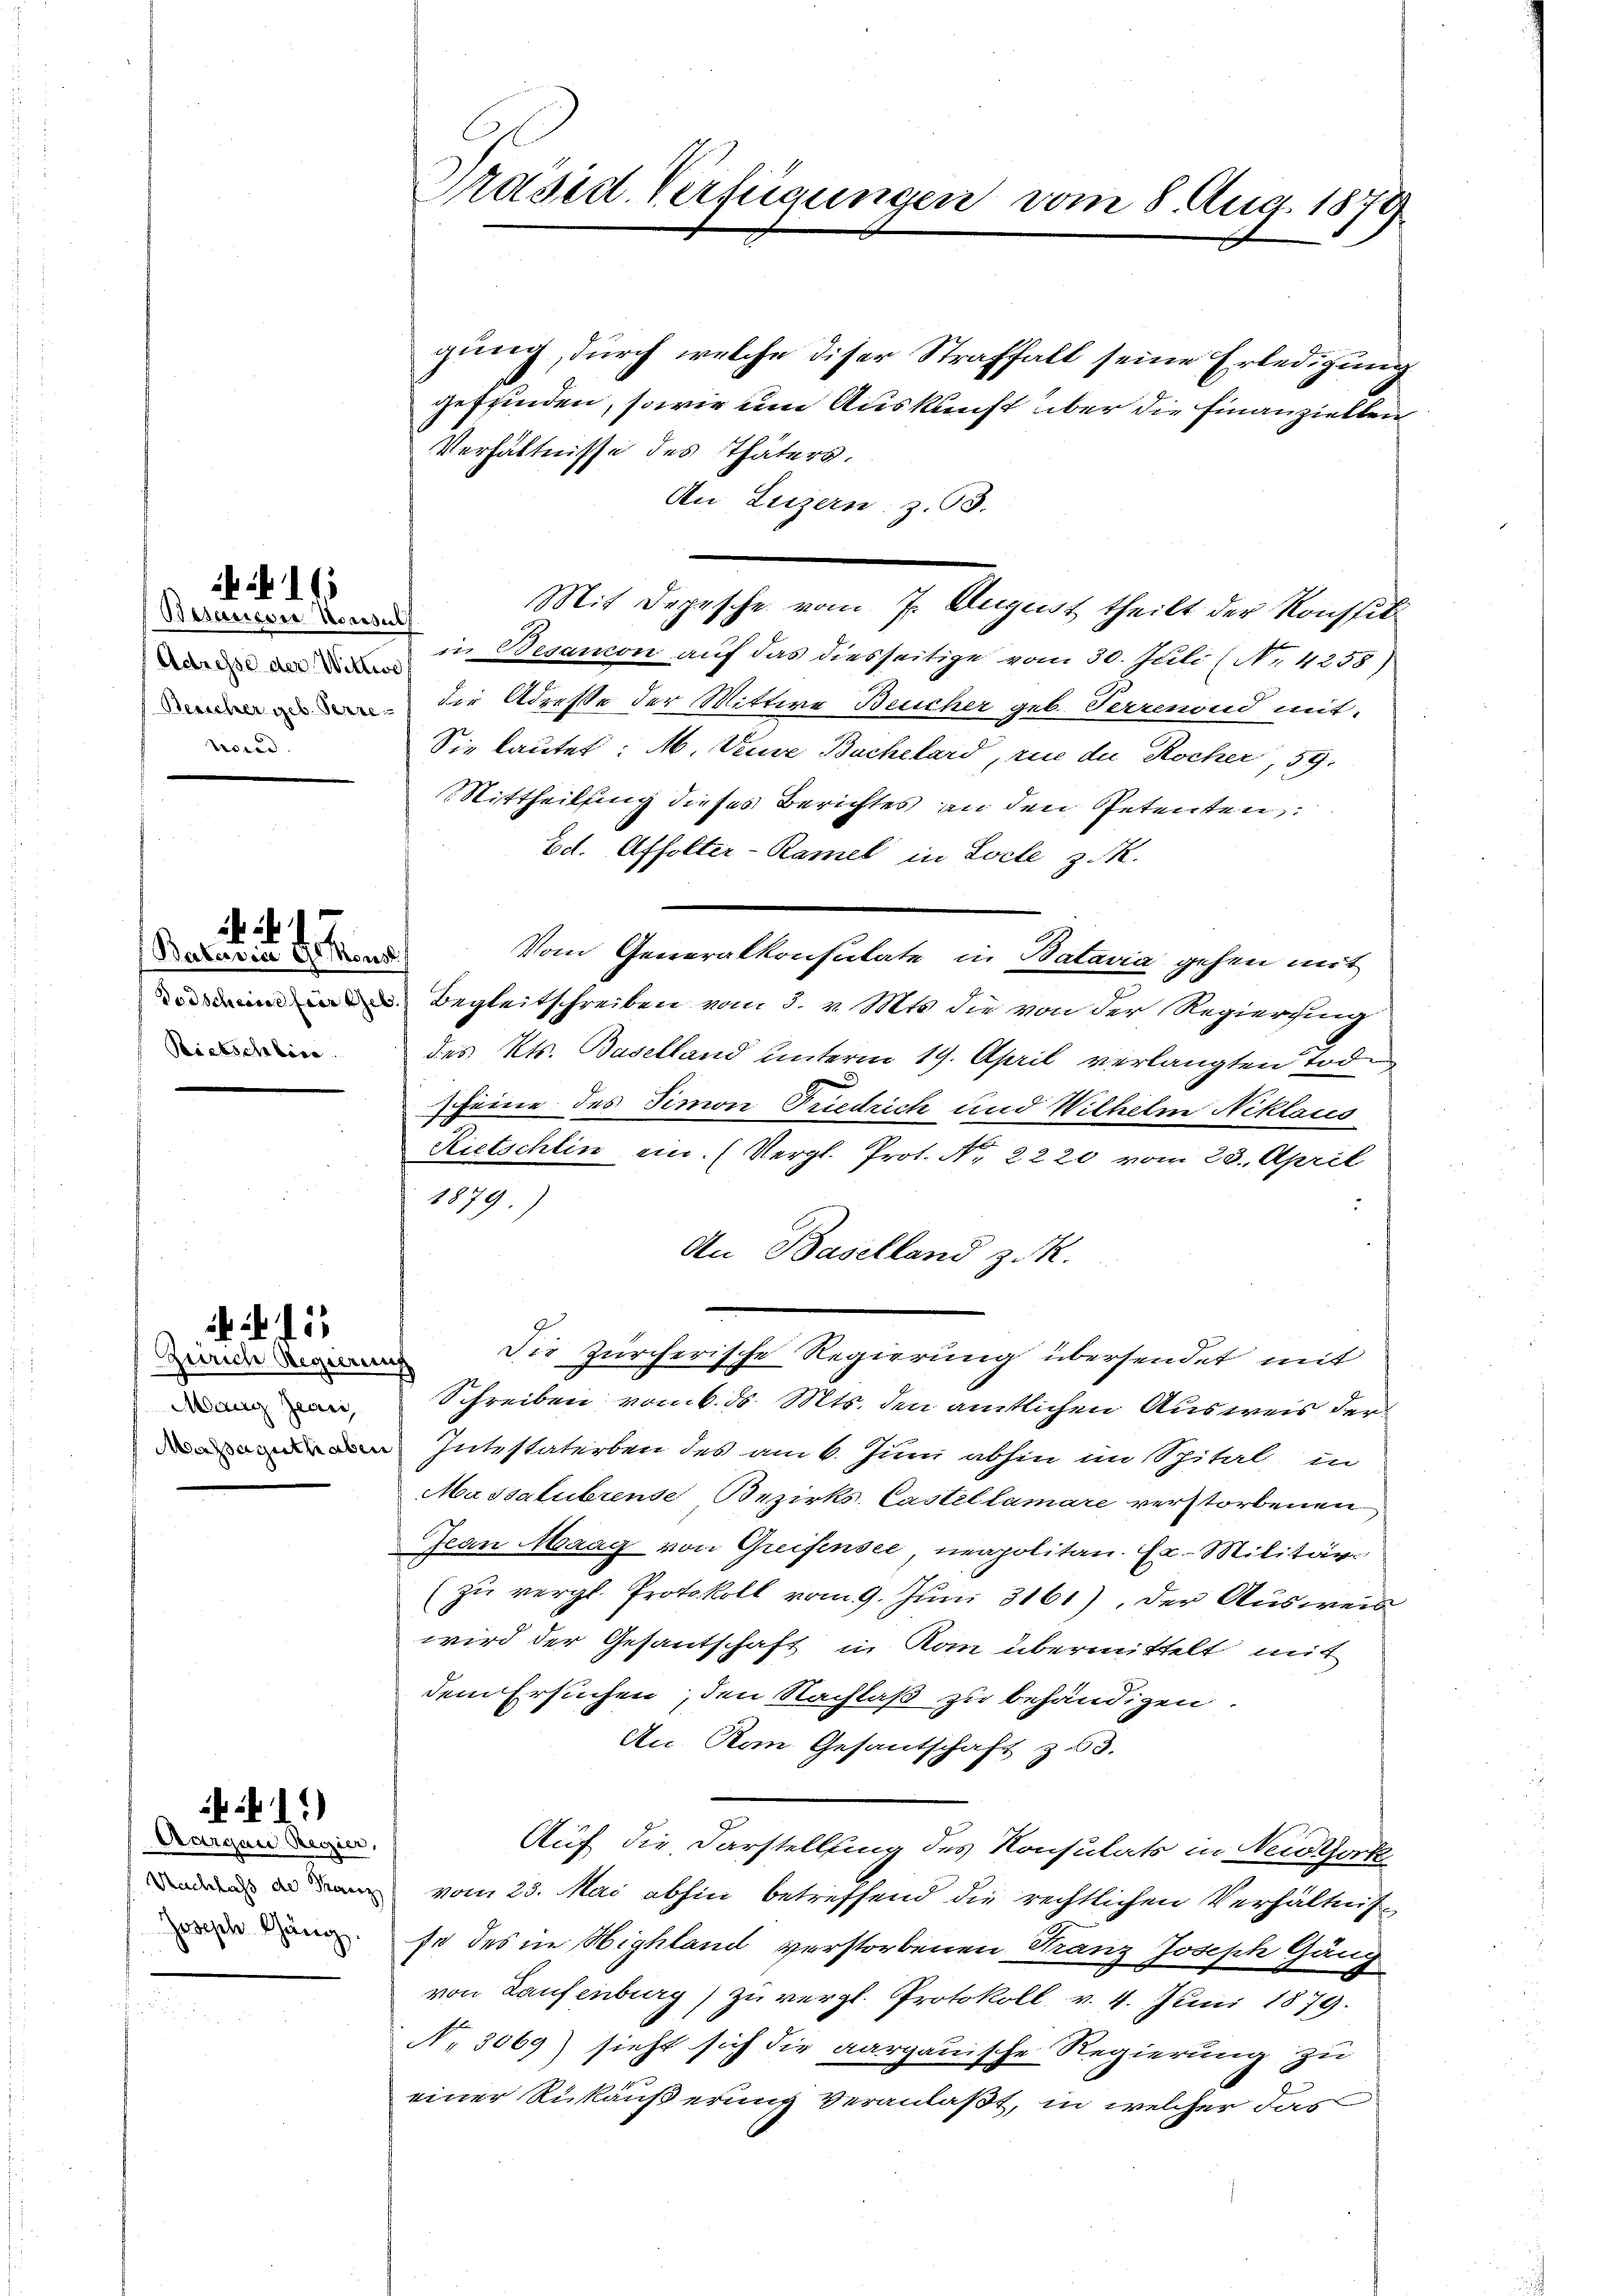
Bisauerie Konsuls
Adresse der Wittwe
word

16

Batavia I Mons
Rietscheine

Zürich Regierung
Mang Jears,

.

13)

Aargau, Regier
Nachlass de Thererz
Joseph Gäng.

Präsid. Verfügungen vom 8. Aug. 1879

gung, durch welche diser Straffall seine Erledigung
geffinden, sowie um Auskunft über die Finanziellen
Verhältnisse des Thäters.
An Luzern: z.53.
in Besanon auf das diesseitige vom 30. Juli (N. 4238)
Der Adresse der Mittwe Beucher geb. Ferrenond mit.
Sie lautet: M. Diese Bachelard, rue die Rocher, 59.
Mittheilung dieses Berichtes an den Petenten
Ed. Affolter-Ramel in Loche z. R.
Vom Generalkonsulate in Batavia gehen mit
Begleitschreiben vom 3. v. Mts. die von der Regierung
des Kts. Baselland unterm 19. April verlangten Tod
scheine des Simon Friedrich und Wilhelm Niklaus
Rietschlin ein. (Vergl. Prot. Nr. 2220 vom 23. April
1879.)
An Baselland z. R.
Die Zürcherische Regierung übersendet mit
Schreiben vom 6. ds. Mts. den amtlichen Ausweis der
 Intestaterben des am 6. Juni abhin im Spital in
Massatubrense Bezirks- Castellamare verstorbenen
Jean Maag von Greifensee, neapolitan. Ex. Militär
(zu vergl. Protokoll vom 9. Juni 3161), der Ausweis
wird der Gesantschaft in Kom übermittelt mit
dem Ersuchen, den Nachlaß zu behändigen.
An Rom. Gesantschaft zu 3.
Auf die Darstellung des Konsulats in Neuthork
vom 23. Mai abhin betreffend die rechtlichen Verhältnisse des in Highland verstorbenen Kranz Joseph Gäng
von Laufenburg) zu vergl. Protokoll, v. 4. Juni 1879.
No 3069) sieht sich die aargauische Regierung zu
einer Rückäußerung veranlaßt, in welcher das

Mit Depesche vom 7. August theilt der Konstit